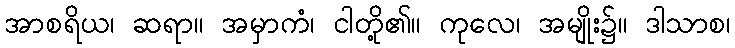
အာစရိယ၊ ဆရာ။ အမှာကံ၊ ငါတို့၏။ ကုလေ၊ အမျိုး၌။ ဒါသာစ၊